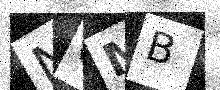
Text: NGMB